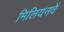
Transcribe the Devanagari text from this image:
मिलियनवें